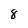
Character: 8